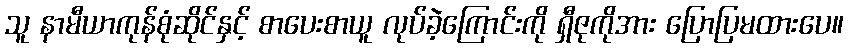
သူ နာမီယာကုန်စုံဆိုင်နှင့် စာပေးစာယူ လုပ်ခဲ့ကြောင်းကို ရှီဇုကိုအား ပြောပြမထားပေ။